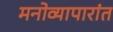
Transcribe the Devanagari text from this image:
मनोव्यापारांत